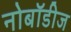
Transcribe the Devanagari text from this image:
नोबॉडीज